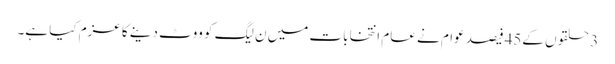
3 حلقوں کے45فیصد عوام نے عام انتخابات میں ن لیگ کو ووٹ دینے کا عزم کیا ہے۔